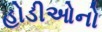
હોડીઓનો